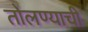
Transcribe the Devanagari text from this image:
तोलण्याची